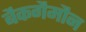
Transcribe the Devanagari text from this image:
बैकगैमौन